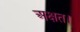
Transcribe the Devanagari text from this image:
अक्षत।